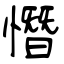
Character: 憯